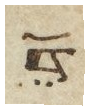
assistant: עד